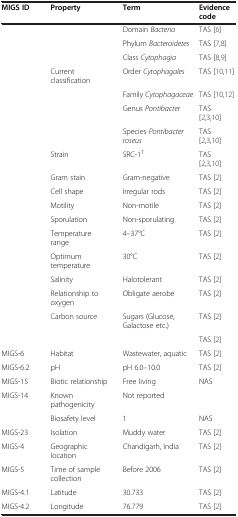
| MIGS ID | Property | Term | Evidence code |
 | --- | --- | --- | --- |
 |  |  | Domain Bacteria | TAS [6] |
 |  |  | Phylum Bacteroidetes | TAS [7,8] |
 |  |  | Class Cytophagia | TAS [8,9] |
 |  | Current classification | Order Cytophagales | TAS [10,11] |
 |  |  | Family Cytophagaceae | TAS [10,12] |
 |  |  | Genus Pontibacter | TAS [2,3,10] |
 |  |  | Species Pontibacter roseus | TAS [2,3,10] |
 |  | Strain | SRC-1T | TAS [2,3,10] |
 |  | Gram stain | Gram-negative | TAS [2] |
 |  | Cell shape | Irregular rods | TAS [2] |
 |  | Motility | Non-motile | TAS [2] |
 |  | Sporulation | Non-sporulating | TAS [2] |
 |  | Temperature range | 4–37°C | TAS [2] |
 |  | Optimum temperature | 30°C | TAS [2] |
 |  | Salinity | Halotolerant | TAS [2] |
 |  | Relationship to oxygen | Obligate aerobe | TAS [2] |
 |  | Carbon source | Sugars (Glucose, Galactose etc.) | TAS [2] |
 |  |  |  | TAS [2] |
 | MIGS-6 | Habitat | Wastewater, aquatic | TAS [2] |
 | MIGS-6.2 | pH | pH 6.0–10.0 | TAS [2] |
 | MIGS-15 | Biotic relationship | Free living | NAS |
 | MIGS-14 | Known pathogenicity | Not reported |  |
 |  | Biosafety level | 1 | NAS |
 | MIGS-23 | Isolation | Muddy water | TAS [2] |
 | MIGS-4 | Geographic location | Chandigarh, India | TAS [2] |
 | MIGS-5 | Time of sample collection | Before 2006 | TAS [2] |
 | MIGS-4.1 | Latitude | 30.733 | TAS [2] |
 | MIGS-4.2 | Longitude | 76.779 | TAS [2] |